Annual returns of the Patna Lunatic Asylum at Bankipore in Bihar and Orissa - 1912-1924
Year: 1912
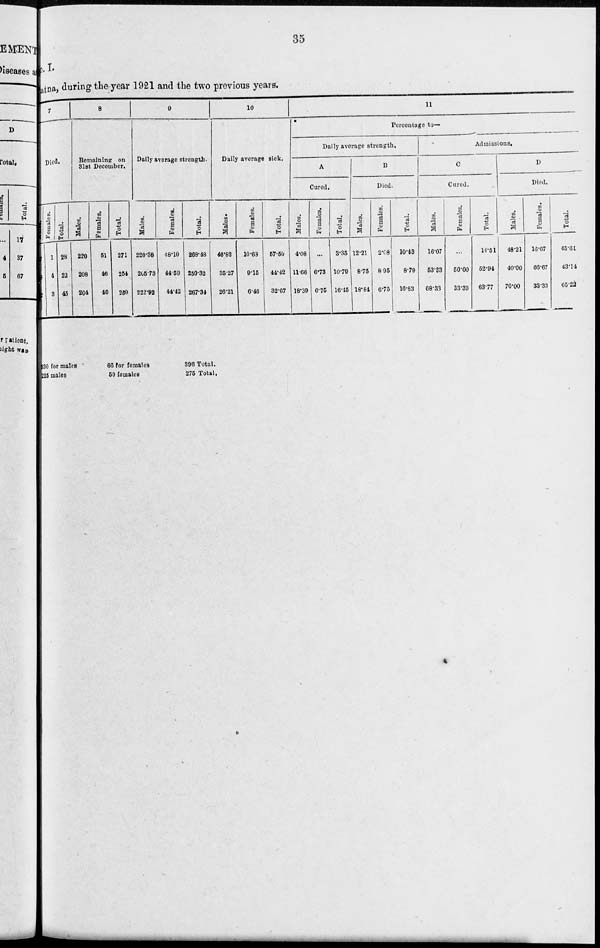
35
No. I.
Patna during the year 1921 and the two previous years.
7
Died.
Males.
27
18
42
Females.
1
4
3
Total.
28
22
45
8
Remaining on
31st December.
Males.
220
208
204
Females.
51
46
46
Total.
271
254
250
9
Daily average strength.
Males.
220.38
205.73
222.92
Females.
48.10
44.59
44.42
Total.
268.48
250.32
267.34
10
Daily average sick.
Males.
46.82
35.27
26.21
Females.
10.68
9.15
6.46
Total.
57.50
44.42
32.67
11
Percentage to—
Daily average strength.
A
Cured.
Males.
4.08
11.66
18.39
Females.
. . .
6.73
6.75
Total.
3.35
10.79
16.45
B
Died.
Males.
12.21
8.75
18.84
Females.
2.08
8.95
6.75
Total.
10.43
8.79
16.83
Admissions.
C
Cured.
Males.
16.07
53.33
68.33
Females.
...
50.00
33.33
Total.
14.51
52.94
63.77
D
Died.
Males.
48.21
40.00
70.00
Females.
16.67
66.67
33.33
Total.
45.61
43.14
65.22
330 for males
225 males
66 for females
50 females
396 Total.
275 Total.